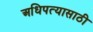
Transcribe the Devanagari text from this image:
अधिपत्यासाठी